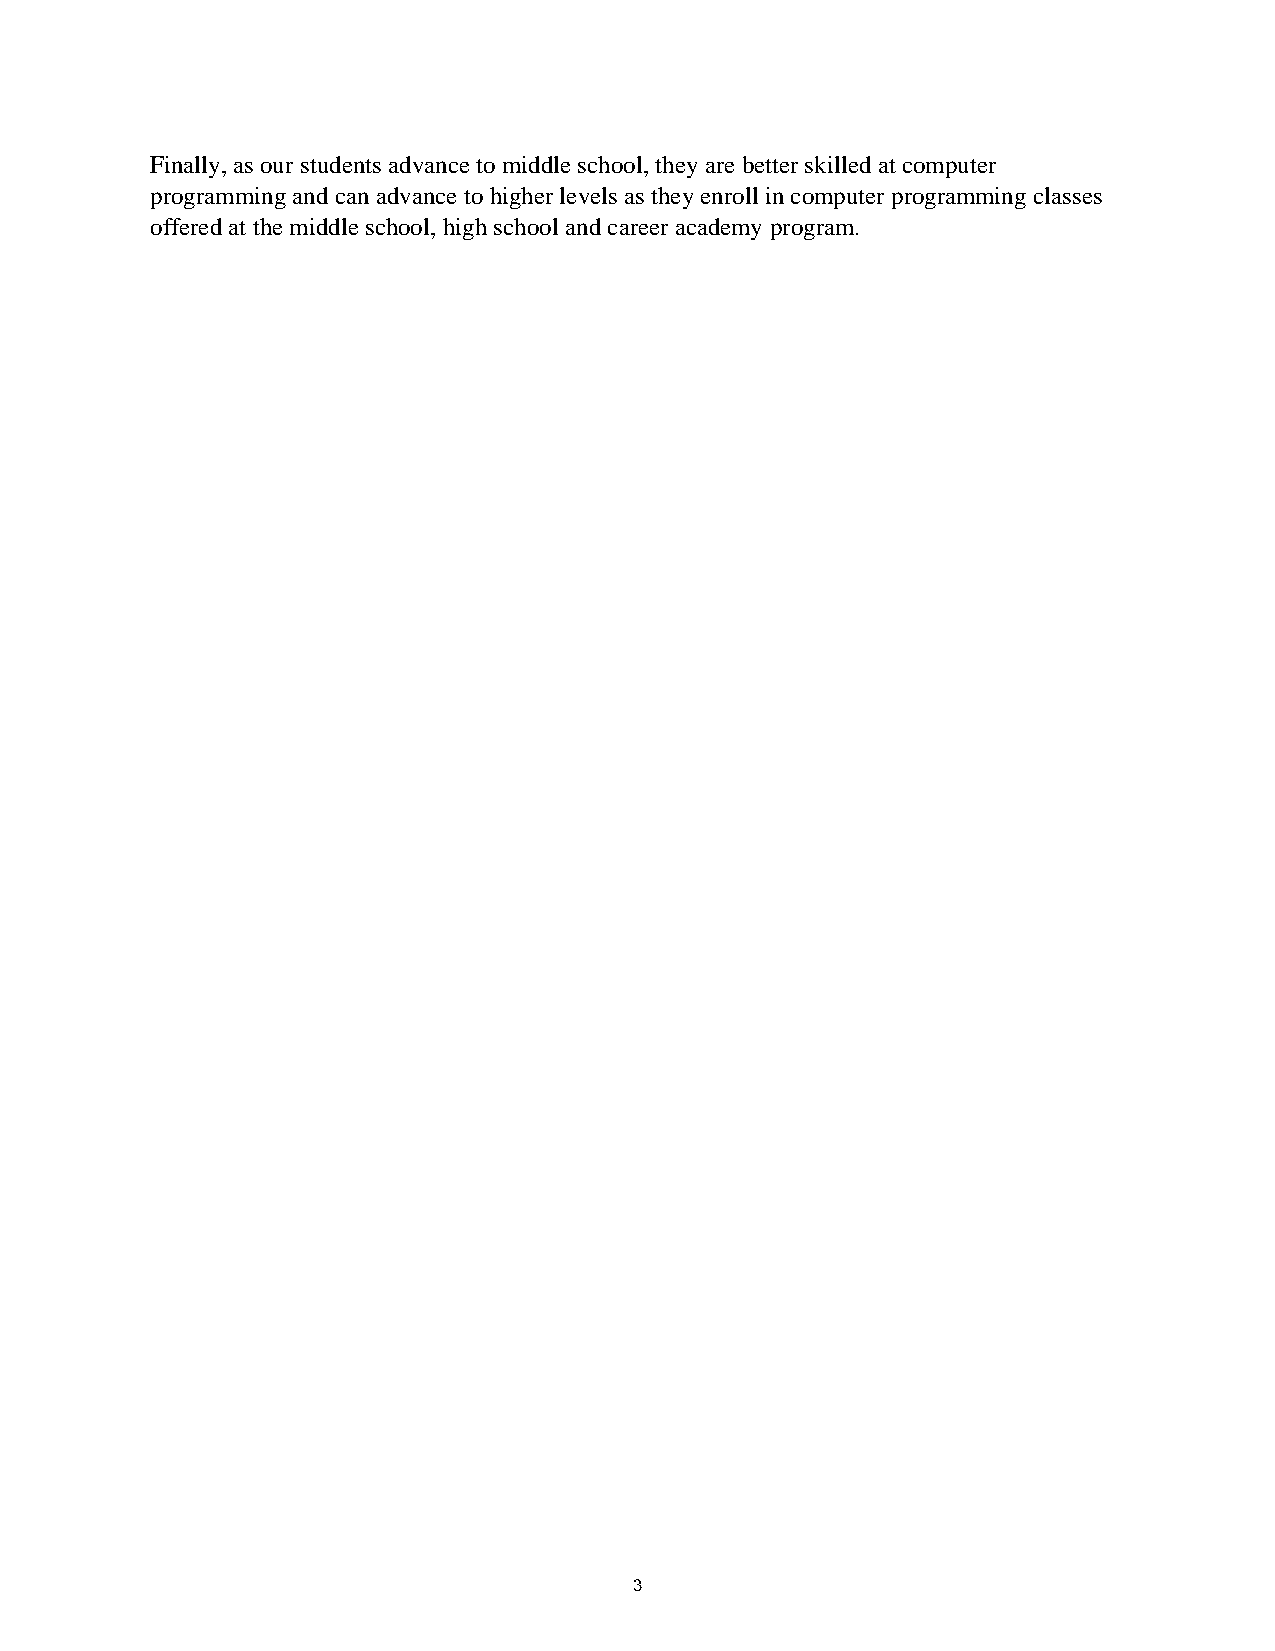
Finally, as our students advance to middle school, they are better skilled at computer
 programming and can advance to higher levels as they enroll in computer programming classes
 offered at the middle school, high school and career academy program.
 3